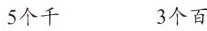
5个千 3个百